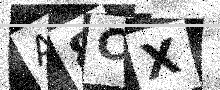
Text: A8CX